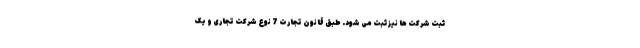
ثبت شرکت ها نیز ثبت می شود. طبق قانون تجارت 7 نوع شرکت تجاری و یک